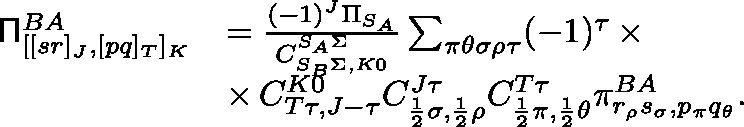
\begin{array} { r l } { \mathsf { \Pi } _ { [ [ s r ] _ { J } , [ p q ] _ { T } ] _ { K } } ^ { B A } } & { = \frac { ( - 1 ) ^ { J } \Pi _ { S _ { A } } } { C _ { S _ { B } \Sigma , K 0 } ^ { S _ { A } \Sigma } } \sum _ { \pi \theta \sigma \rho \tau } ( - 1 ) ^ { \tau } \, \times } \\ & { \times \, C _ { T \tau , J - \tau } ^ { K 0 } C _ { \frac { 1 } { 2 } \sigma , \frac { 1 } { 2 } \rho } ^ { J \tau } C _ { \frac { 1 } { 2 } \pi , \frac { 1 } { 2 } \theta } ^ { T \tau } \pi _ { r _ { \rho } s _ { \sigma } , p _ { \pi } q _ { \theta } } ^ { B A } . } \end{array}